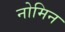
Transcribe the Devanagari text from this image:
नोमिन